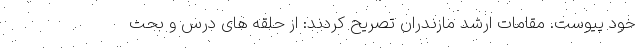
خود پیوست. مقامات ارشد مازندران تصریح کردند: از حلقه های درس و بحث